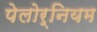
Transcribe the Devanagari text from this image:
पेलोर्नियम